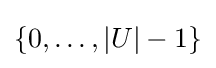
\{0,\dots ,|U|-1\}